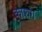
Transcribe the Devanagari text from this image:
काशग